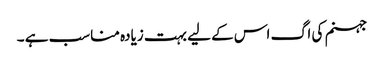
جہنم کی اگ اس کے لیے بہت زیادہ مناسب ہے ۔